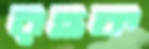
রহুক